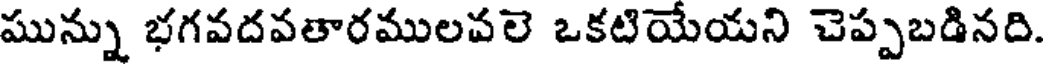
మున్ను భగవదవతారములవలె ఒకటియేయని చెప్పబడినది.